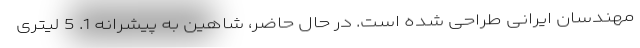
مهندسان ایرانی طراحی شده است. در حال حاضر، شاهین به پیشرانه 1. 5 لیتری